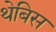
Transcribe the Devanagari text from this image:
थेबिस